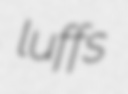
luffs